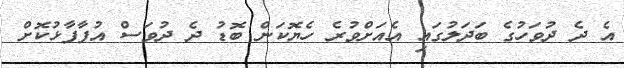
އެ ދެ ދުވަހުގެ ބަދަލުގައި އެއަށްވުރެ ހެޔޮކަން ބޮޑު ދެ ދުވަސް އުފާފާޅުކޮށް